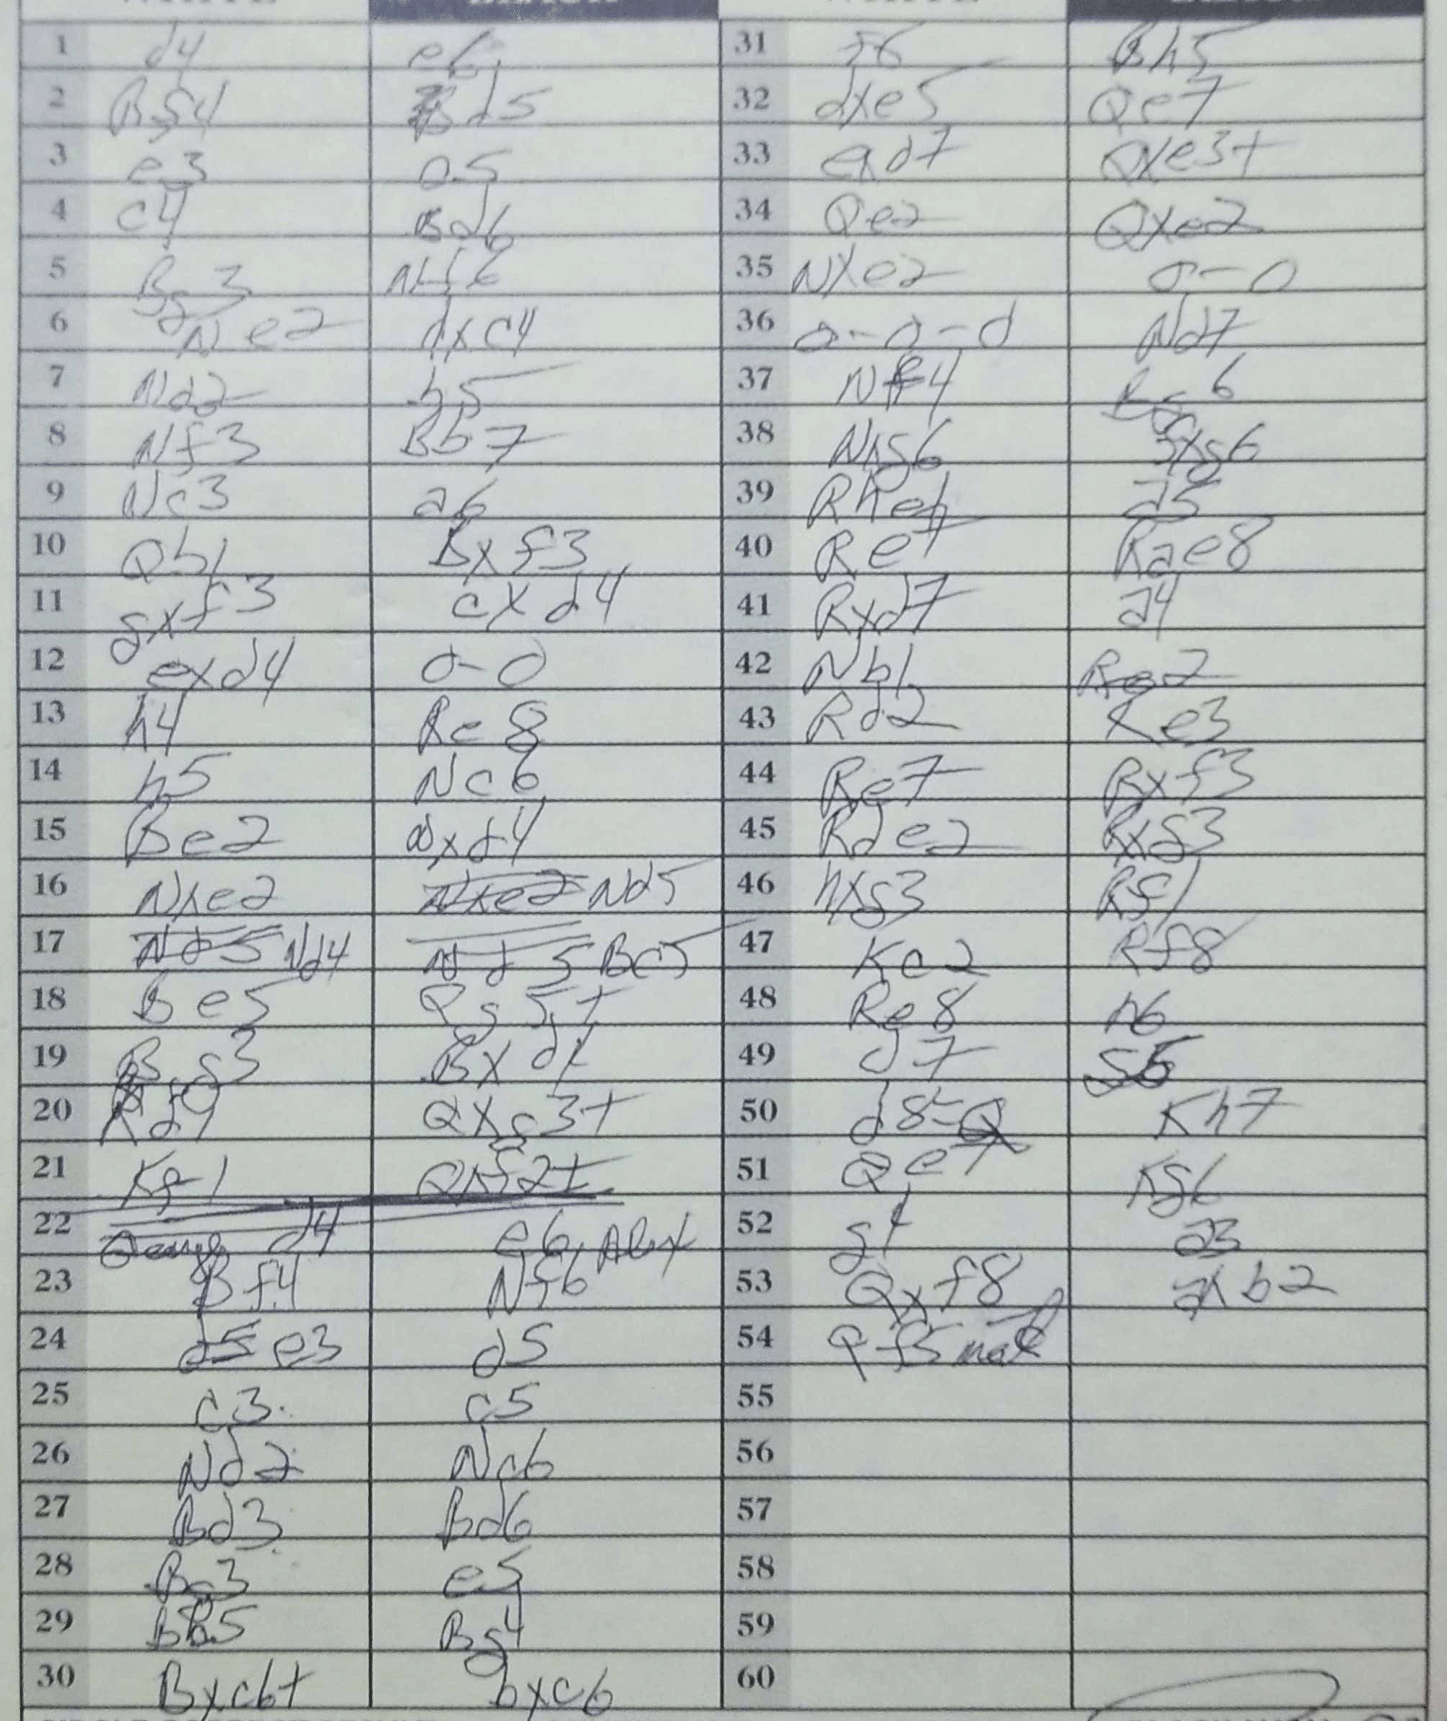
Moves: d4 e6 Bf4 Bd5 e3 e5 c4 Bd6 Bg3 Nf6 Ne2 dxc4 Nd2 h5 Nf3 Bb7 Nc3 a6 Qb1 Bxf3 gxf3 cxd4 exd4 O-O h4 Re8 h5 Nc6 Be2 Nxd4 Nxe2 Nd5 Nd4 Bc5 Be5 Qg5+ Bg3 Bxd4 Rd1 Qxc3+ Kg1 Qxf2+ d4 e6 Bf4 Nf6 e3 d5 c3 c5 Nd2 Nc6 Bd3 Bd6 Bg3 e5 Bb5 Bg4 Bxc6+ bxc6 f6 Bh5 dxe5 Qe7 exd7 Qxe3+ Qe2 Qxe2 Nxe2 O-O O-O-O Nd7 Nf4 Bg6 Nxg6 fxg6 Rhe1 a5 Re7 Rae8 Rxd7 a4 Nb1 Re2 Rd2 Ke3 Re7 Rxf3 Rde2 Rxg3 hxg3 Rf1 Kc2 Rf8 Re8 h6 d7 g5 d8=Q Kh7 Qe7 Kg6 g4 a3 Qxf8 axb2 Qf5